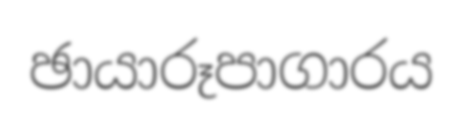
ඡායාරූපාගාරය